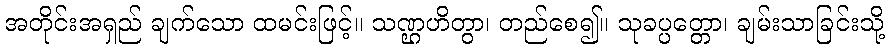
အတိုင်းအရှည် ချက်သော ထမင်းဖြင့်။ သဏ္ဌဟိတွာ၊ တည်စေ၍။ သုခပ္ပတ္တော၊ ချမ်းသာခြင်းသို့